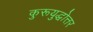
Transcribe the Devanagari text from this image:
कुरूयुद्धोत्तर